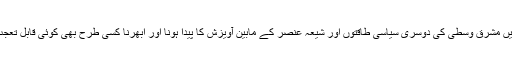
اس تناظر میں مشرق وسطی کی دوسری سیاسی طاقتوں اور شیعہ عنصر کے مابین آویزش کا پیدا ہونا اور ابھرنا کسی طرح بھی کوئی قابل تعجب بات نہیں۔